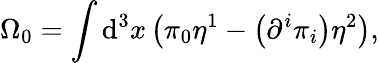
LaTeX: \Omega_{0}=\int\mathrm{d}^{3}x\left(\pi_{0}\eta^{1}-\left(\partial^{i}\pi_{i}\right)\eta^{2}\right),